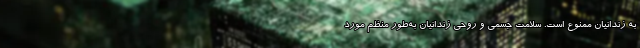
به زندانیان ممنوع است. سلامت جسمی و روحی زندانیان به‌طور منظم مورد